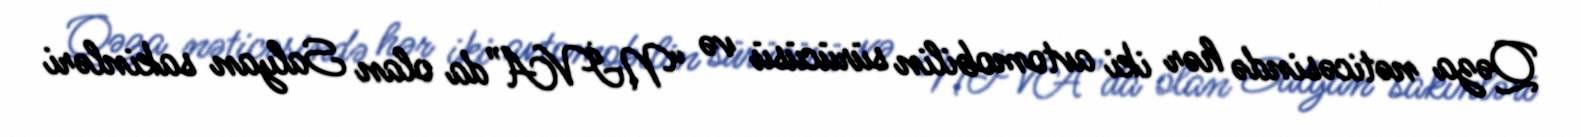
Qəza nəticəsində hər iki avtomobilin sürücüsü və “NİVA”da olan Salyan sakinləri